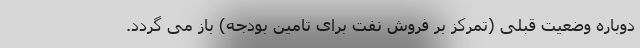
دوباره وضعیت قبلی (تمرکز بر فروش نفت برای تامین بودجه) باز می گردد.